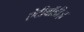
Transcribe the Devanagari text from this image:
ऐंटीबॉडीज़